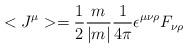
LaTeX: \begin{align*}<J^\mu>=\frac{1}{2}\frac{m}{|m|}\frac{1}{4\pi}\epsilon^{\mu\nu\rho}F_{\nu\rho}\end{align*}